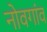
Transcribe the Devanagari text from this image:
नोवगांव